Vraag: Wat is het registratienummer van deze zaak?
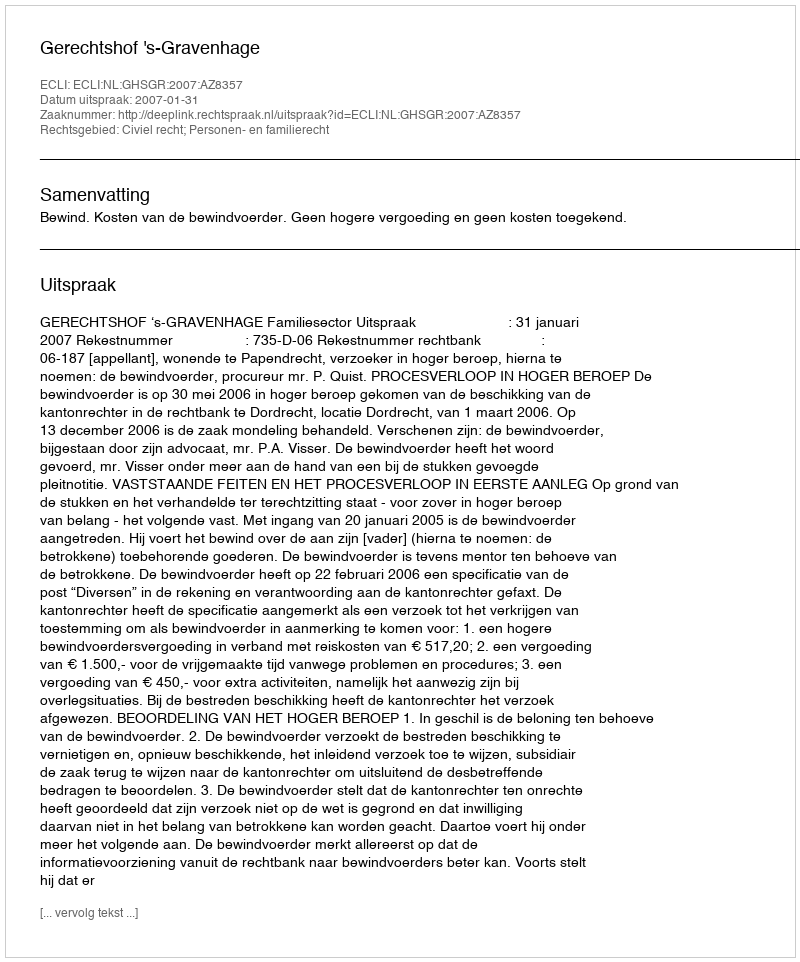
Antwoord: http://deeplink.rechtspraak.nl/uitspraak?id=ECLI:NL:GHSGR:2007:AZ8357